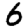
Digit: 6